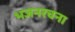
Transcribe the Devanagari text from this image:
भजनरचना